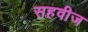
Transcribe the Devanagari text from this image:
सहवीज